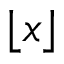
\lfloor x \rfloor